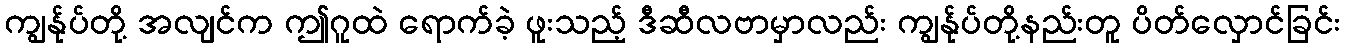
ကျွန်ုပ်တို့ အလျင်က ဤဂူထဲ ရောက်ခဲ့ ဖူးသည့် ဒီဆီလဗာမှာလည်း ကျွန်ုပ်တို့နည်းတူ ပိတ်လှောင်ခြင်း